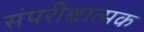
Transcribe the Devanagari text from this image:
संपरीक्षात्मक